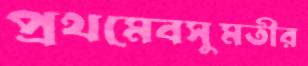
প্রথমেবসুমতীর